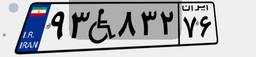
۹۳W۸۳۲۷۶